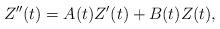
LaTeX: \begin{align*}Z''(t)= A(t) Z'(t) + B(t) Z(t),\end{align*}